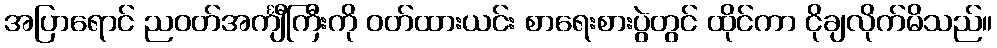
အပြာရောင် ညဝတ်အင်္ကျီကြီးကို ဝတ်ထားယင်း စာရေးစားပွဲတွင် ထိုင်ကာ ငိုချလိုက်မိသည်။